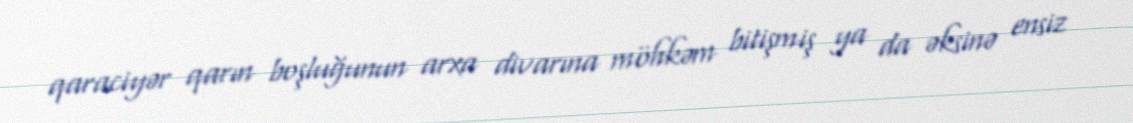
qaraciyər qarın boşluğunun arxa divarına möhkəm bitişmiş ya da əksinə ensiz